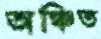
অঞ্চিত